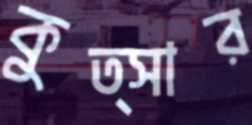
কুত্সার